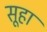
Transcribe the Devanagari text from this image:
सूहा